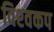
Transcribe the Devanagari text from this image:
विश्‍वकप